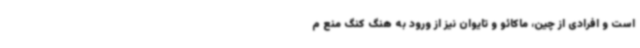
است و افرادی از چین، ماکائو و تایوان نیز از ورود به هنگ کنگ منع م